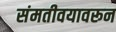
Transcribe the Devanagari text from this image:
संमतीवयावरून